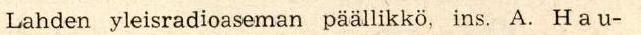
Lahden yleisradioaseman päällikkö, ins. A. H a u-